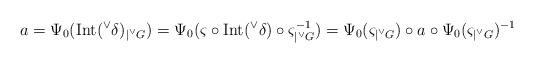
LaTeX: \begin{align*}a = \Psi_{0}(\mathrm{Int}({^\vee}\delta)_{|{^\vee}G}) = \Psi_{0}(\varsigma \circ \mathrm{Int}({^\vee}\delta)\circ \varsigma^{-1}_{|{^\vee}G}) = \Psi_{0}(\varsigma_{|{^\vee}G}) \circ a \circ\Psi_{0} (\varsigma_{|{^\vee}G})^{-1}\end{align*}